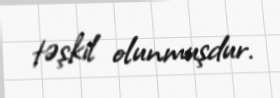
təşkil olunmuşdur.